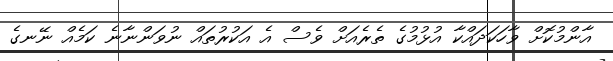
އާންމުކޮށް ވާހަކަދައްކާ އުޅުމުގެ ތެރެއަށް ވެސް އެ އަކުރުތައް ނުވަންނާނެ ކަމެއް ނޭނގެ